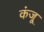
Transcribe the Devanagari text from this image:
कंजू